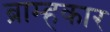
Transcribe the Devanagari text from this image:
ब्राम्हकार